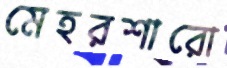
মেহরশারো